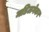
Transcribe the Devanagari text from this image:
मडिलगेकर